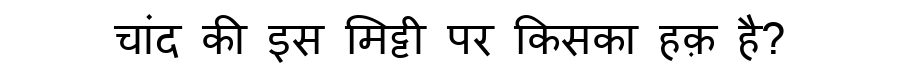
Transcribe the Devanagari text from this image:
चांद की इस मिट्टी पर किसका हक़ है?